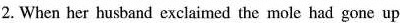
2. When her husband exclaimed the mole had gone up